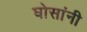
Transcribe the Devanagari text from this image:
घोसांनी